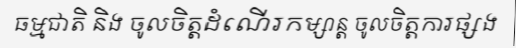
ធម្មជាតិ និង ចូលចិត្តដំណើរកម្សាន្ត ចូលចិត្តការផ្សង